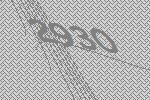
2930